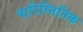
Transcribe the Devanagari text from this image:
पारिस्तितिक